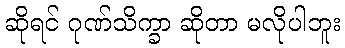
ဆိုရင် ဂုဏ်သိက္ခာ ဆိုတာ မလိုပါဘူး